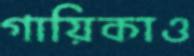
গায়িকাও